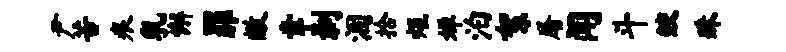
尹苦痕乳懈罪敝幸剥涸拾炬婵泊絮屠闻斗鲛殊